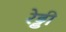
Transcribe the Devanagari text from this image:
रे़ड्डी